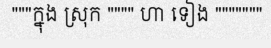
"""ក្នុង ស្រុក """" ហា ទៀង """""""